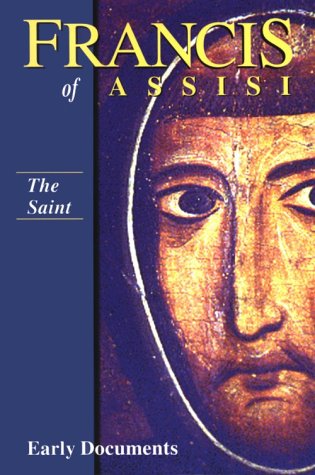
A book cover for Francis of Assisi - The Saint: Early Documents, vol. 1 (Francis of Assisi: Early Documents); Regis J. Armstrong; Christian Books & Bibles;